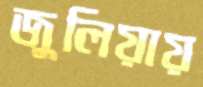
জুলিয়ায়